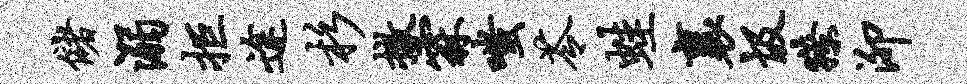
储溺拒途杉撤霖嗤苓蛙襄圾獠泖